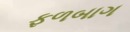
ફળબાગ